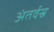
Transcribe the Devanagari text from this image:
अंतर्वस्र